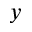
y